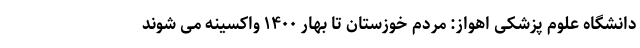
دانشگاه علوم پزشکی اهواز: مردم خوزستان تا بهار ۱۴۰۰ واکسینه می شوند